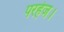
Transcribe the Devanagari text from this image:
परहेज।